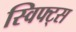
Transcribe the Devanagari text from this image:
स्विफ्ट्स